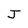
Character: J